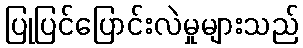
ပြုပြင်ပြောင်းလဲမှုများသည်